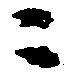
ニ